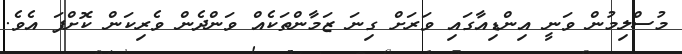
މުސްލިމުން ވަނީ އިންޑިއާގައި ވަރަށް ގިނަ ޒަމާންތަކެއް ވަންދެން ވެރިކަން ކޮށްފަ އެވެ.